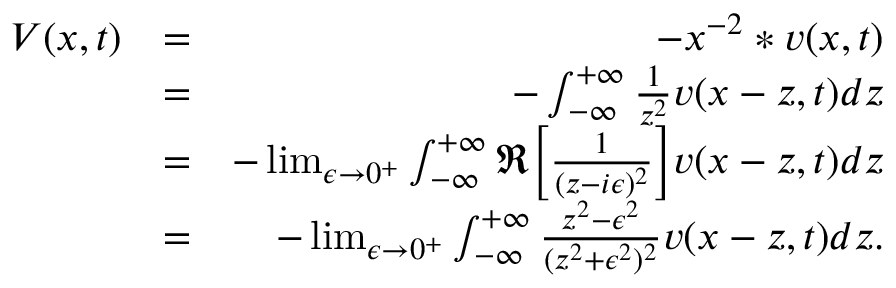
\begin{array} { r l r } { V ( x , t ) } & { = } & { - x ^ { - 2 } * v ( x , t ) } \\ & { = } & { - \int _ { - \infty } ^ { + \infty } \frac { 1 } { z ^ { 2 } } v ( x - z , t ) d z } \\ & { = } & { - \operatorname* { l i m } _ { \epsilon \to 0 ^ { + } } \int _ { - \infty } ^ { + \infty } \Re \Big [ \frac { 1 } { ( z - i \epsilon ) ^ { 2 } } \Big ] v ( x - z , t ) d z } \\ & { = } & { - \operatorname* { l i m } _ { \epsilon \to 0 ^ { + } } \int _ { - \infty } ^ { + \infty } \frac { z ^ { 2 } - \epsilon ^ { 2 } } { ( z ^ { 2 } + \epsilon ^ { 2 } ) ^ { 2 } } v ( x - z , t ) d z . } \end{array}